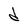
Character: d